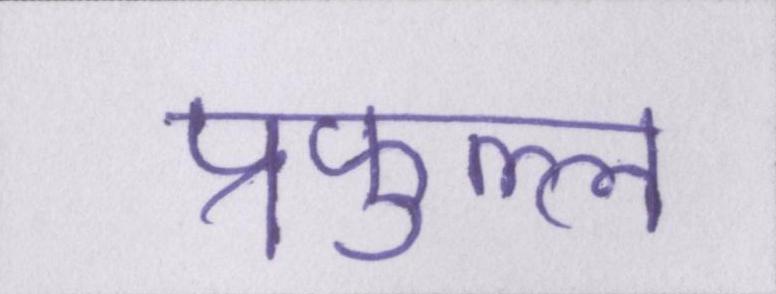
प्रफुल्ल